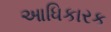
આધિકારક